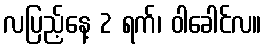
လပြည့်နေ့ 2 ရက်၊ ဝါခေါင်လ။